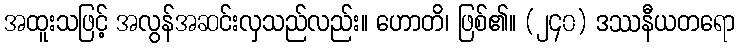
အထူးသဖြင့် အလွန်အဆင်းလှသည်လည်း။ ဟောတိ၊ ဖြစ်၏။ (၂၄၀) ဒဿနီယတရော